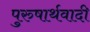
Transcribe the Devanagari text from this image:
पुरुषार्थवादी